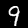
Digit: 9